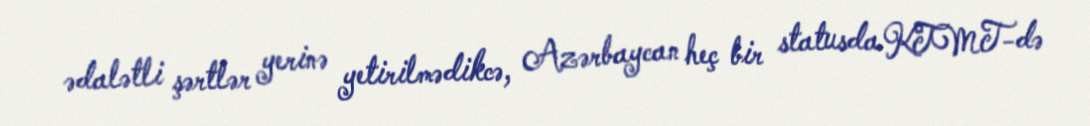
ədalətli şərtlər yerinə yetirilmədikcə, Azərbaycan heç bir statusda KTMT-də